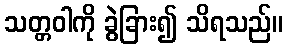
သတ္တဝါကို ခွဲခြား၍ သိရသည်။